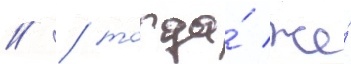
// / тогда́ же́